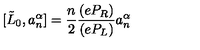
[ \tilde { L } _ { 0 } , a _ { n } ^ { \alpha } ] = \frac { n } { 2 } \frac { ( e P _ { R } ) } { ( e P _ { L } ) } a _ { n } ^ { \alpha }